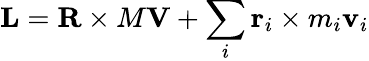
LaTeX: \mathbf{L}=\mathbf{R}\times M\mathbf{V}+\sum_{i}\mathbf{r}_{i}\times m_{i}\mathbf{v}_{i}